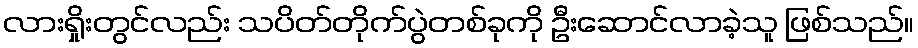
လားရှိုးတွင်လည်း သပိတ်တိုက်ပွဲတစ်ခုကို ဦးဆောင်လာခဲ့သူ ဖြစ်သည်။